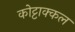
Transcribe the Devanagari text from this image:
कोट्टाक्कल